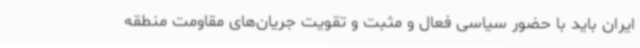
ایران باید با حضور سیاسی فعال و مثبت و تقویت جریان‌های مقاومت منطقه